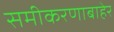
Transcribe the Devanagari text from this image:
समीकरणाबाहेर